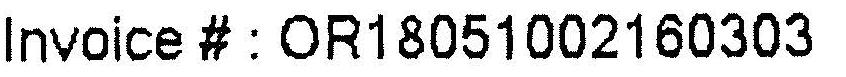
INVOICE # : OR18051002160303